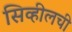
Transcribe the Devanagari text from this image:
सिव्हीलची